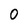
Character: O